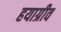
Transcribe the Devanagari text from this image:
हयाग्रीव